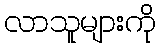
လာသူများကို